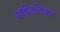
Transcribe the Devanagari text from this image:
अधीशाधिकार